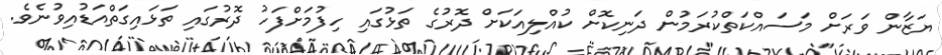
ޔަޒާން ވަރަށް މަސައްކަތްކުރަމުން ދަނިކޮށް ކުއްލިއަކަށް ދޮރުގެ ތަޅުގައި ހިފުމަށްފަހު ދޮރުގައި ތަޅައިގަތްއަޑުއިވުނެވެ.